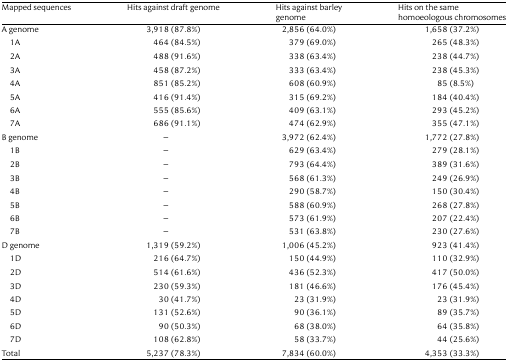
<table><thead><tr><td><b>Mapped sequences</b></td><td><b>Hits against draft genome</b></td><td><b>Hits against barley genome</b></td><td><b>Hits on the same homoeologous chromosomes</b></td></tr></thead><tbody><tr><td>A genome</td><td>3,918 (87.8%)</td><td>2,856 (64.0%)</td><td>1,658 (37.2%)</td></tr><tr><td> 1A</td><td>464 (84.5%)</td><td>379 (69.0%)</td><td>265 (48.3%)</td></tr><tr><td> 2A</td><td>488 (91.6%)</td><td>338 (63.4%)</td><td>238 (44.7%)</td></tr><tr><td> 3A</td><td>458 (87.2%)</td><td>333 (63.4%)</td><td>238 (45.3%)</td></tr><tr><td> 4A</td><td>851 (85.2%)</td><td>608 (60.9%)</td><td>85 (8.5%)</td></tr><tr><td> 5A</td><td>416 (91.4%)</td><td>315 (69.2%)</td><td>184 (40.4%)</td></tr><tr><td> 6A</td><td>555 (85.6%)</td><td>409 (63.1%)</td><td>293 (45.2%)</td></tr><tr><td> 7A</td><td>686 (91.1%)</td><td>474 (62.9%)</td><td>355 (47.1%)</td></tr><tr><td>B genome</td><td>–</td><td>3,972 (62.4%)</td><td>1,772 (27.8%)</td></tr><tr><td> 1B</td><td>–</td><td>629 (63.4%)</td><td>279 (28.1%)</td></tr><tr><td> 2B</td><td>–</td><td>793 (64.4%)</td><td>389 (31.6%)</td></tr><tr><td> 3B</td><td>–</td><td>568 (61.3%)</td><td>249 (26.9%)</td></tr><tr><td> 4B</td><td>–</td><td>290 (58.7%)</td><td>150 (30.4%)</td></tr><tr><td> 5B</td><td>–</td><td>588 (60.9%)</td><td>268 (27.8%)</td></tr><tr><td> 6B</td><td>–</td><td>573 (61.9%)</td><td>207 (22.4%)</td></tr><tr><td> 7B</td><td>–</td><td>531 (63.8%)</td><td>230 (27.6%)</td></tr><tr><td>D genome</td><td>1,319 (59.2%)</td><td>1,006 (45.2%)</td><td>923 (41.4%)</td></tr><tr><td> 1D</td><td>216 (64.7%)</td><td>150 (44.9%)</td><td>110 (32.9%)</td></tr><tr><td> 2D</td><td>514 (61.6%)</td><td>436 (52.3%)</td><td>417 (50.0%)</td></tr><tr><td> 3D</td><td>230 (59.3%)</td><td>181 (46.6%)</td><td>176 (45.4%)</td></tr><tr><td> 4D</td><td>30 (41.7%)</td><td>23 (31.9%)</td><td>23 (31.9%)</td></tr><tr><td> 5D</td><td>131 (52.6%)</td><td>90 (36.1%)</td><td>89 (35.7%)</td></tr><tr><td> 6D</td><td>90 (50.3%)</td><td>68 (38.0%)</td><td>64 (35.8%)</td></tr><tr><td> 7D</td><td>108 (62.8%)</td><td>58 (33.7%)</td><td>44 (25.6%)</td></tr><tr><td>Total</td><td>5,237 (78.3%)</td><td>7,834 (60.0%)</td><td>4,353 (33.3%)</td></tr></tbody></table>